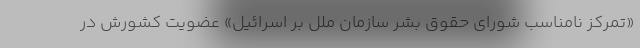
«تمرکز نامناسب شورای حقوق بشر سازمان ملل بر اسرائیل» عضویت کشورش در